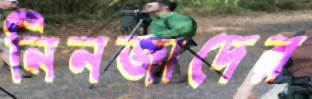
নিনজাদের